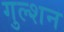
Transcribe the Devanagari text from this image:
गुल्शन